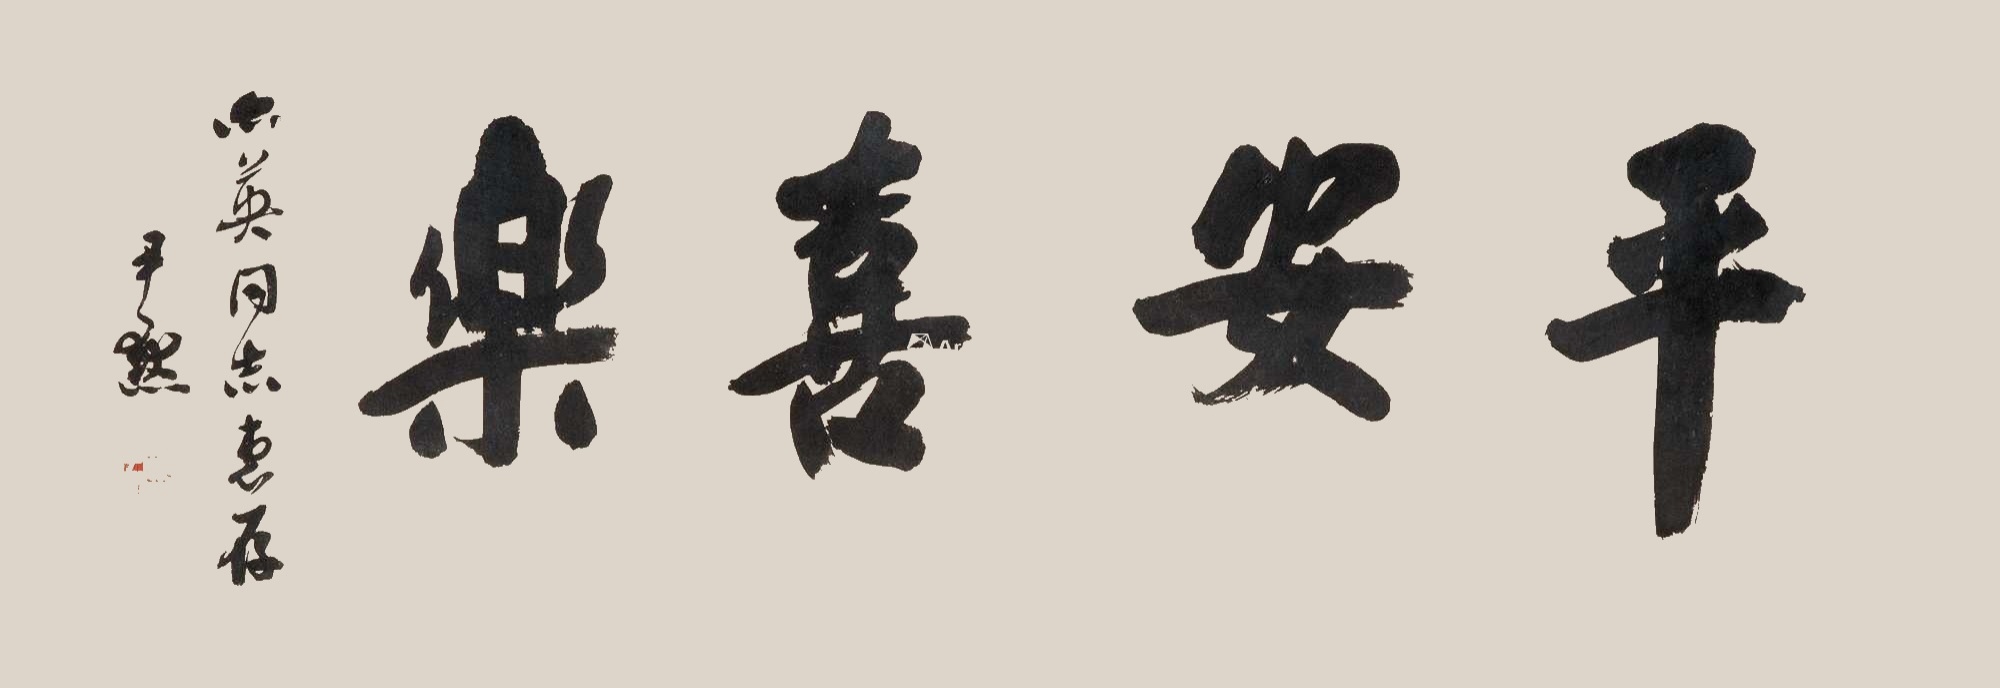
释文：平安喜乐亦英同志惠存，尹默。